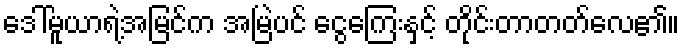
ဒေါ်မူယာရဲ့အမြင်က အမြဲပင် ငွေကြေးနှင့် တိုင်းတာတတ်လေ၏။